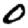
Digit: 0